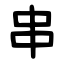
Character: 串